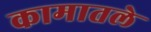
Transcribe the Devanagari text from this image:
कामातले